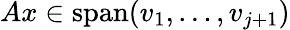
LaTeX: Ax\in\operatorname{span}(v_{1},\dotsc,v_{j+1})